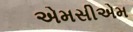
એમસીએમ